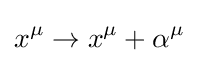
x^{\mu }\rightarrow x^{\mu }+\alpha ^{\mu }